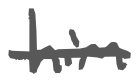
Text: him
Cross-out: single-line
Writing tool: digital_gray